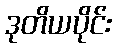
ဒုတိယပိုင်း